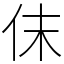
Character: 𠇱